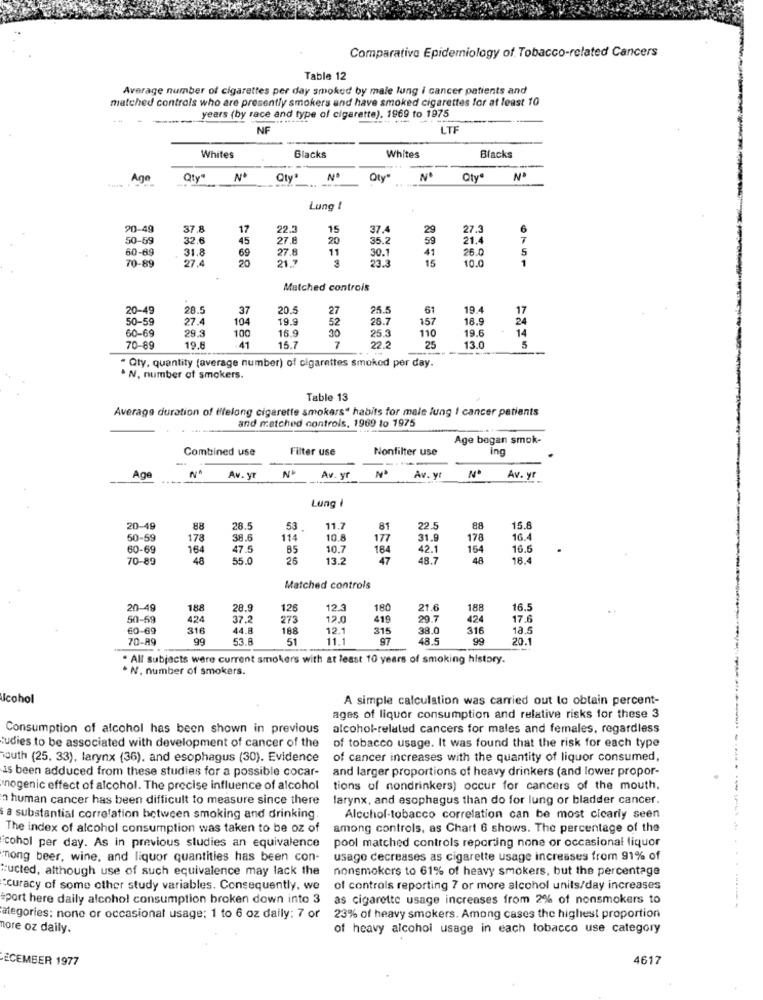
Comparativo Epidemiology of Tobacco-related Cancers
Table 12
Average number of cigarettes per day smoked by male lung i cancer patients and
matched controls who are presently smokers and have smoked cigarettes for at least 10
..... years (by race and type of cigarette), 1969 to 1975
NF
LTF
Whites
Whites
Blacks
Blacks
Age
Qty" Nº
Qty"
Qty"
Nº
Qty
Lung
90-49
37.8
17
22.3
15
37.4
29
27.3
6
50-59
32.6
45
27.8
20
35.2
59
21.4
60-69
31.8
27.8
11
26.0
S
70-89
27.4
69
20
30.1
23.3
41
15
10.0
1
Matched controls
20-49
28.5
37
20.5
27
25.5
61
19.4
17
50-59
27.4
104
19.9
52
28.7
157
18.9
24
60-69
29.
16.9
30
25.3
110
19.6
14
100
7
70-89
19,6
41
15.7
22.2
25
13.0
5
" Qty, quantity (average number) of cigarettes smoked per day.
. N, number of smokers.
Table 13
Average duration of fifelong cigarette smokers" habits for male lung I cancer patients
and matched controls, 1969 to 1975
Age bagan smok-
Combined use
Filter use
Nonfilter use
ing
N
Age
Av. yr
Av. yr
Av. y
Av. yr
Lung
20-49
88
28.5
53
11.7
81
22.5
88
15.8
50-59
178
38.6
114
10.8
177
31.9
178
16.4
60-69
164
47.5
85
10.7
164
42.1
164
16.6
70-89
48
55.0
26
13.2
47
48.7
48
18.4
Matched controls
20-49
188
28.9
126
12.3
180
21.6
188
16.5
50-59
424
37.2
273
12.0
419
29.7
424
17.6
60-69
316
44.8
188
12.1
315
38.0
316
18.5
70-89
53.8
51
11.1
97
48.5
99
20.1
. All subjects were current smokers with at least 10 years of smoking history.
. N, number of smokers.
Alcohol
A simple calculation was carried out to obtain percent-
ages of liquor consumption and relative risks for these 3
Consumption of alcohol has been shown in previous
alcohol-related cancers for males and females, regardless
of tobacco usage. It was found that the risk for each type
tudies to be associated with development of cancer of the
south (25. 33), larynx (36), and esophagus (30). Evidence
of cancer increases with the quantity of liquor consumed,
is been adduced from these studies for a possible cocar-
and larger proportions of heavy drinkers (and lower propor-
mnogenic effect of alcohol. The precise influence of alcohol
tions of nondrinkers) occur for cancers of the mouth,
human cancer has been difficult to measure since there
larynx, and esophagus than do for lung or bladder cancer.
sa substantial correlation between smoking and drinking
Alcohol-tobacco correlation can be most cicarly seen
The index of alcohol consumption was taken to be oz of
among controls, as Chart 6 shows. The percentage of the
pool matched controls reporting none or occasional liquor
cohol per day. As in previous studies an equivalence
mong beer, wine, and liquor quantities has been con-
usage decreases as cigarette usage increases from 91% of
*: ucted, although use of such equivalence may lack the
nonsmokers to 61% of heavy smokers, but the percentage
Accuracy of some other study variables. Consequently, we
of controls reporting 7 or more alcohol units/day increases
port here daily alcohol consumption broken down into 3
as cigarette usage increases from 2% of nonsmokers to
ategories: none or occasional usage; 1 to 6 oz daily: 7 or
23% of heavy smokers. Among cases the highest proportion
nore oz daily.
of heavy alcohol usage in each tobacco use category
ECEMBER 1977
4617